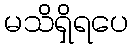
မသိရှိရပေ